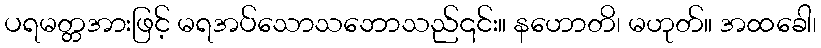
ပရမတ္တအားဖြင့် မရအပ်သောသဘောသည်၎င်း။ နဟောတိ၊ မဟုတ်။ အထခေါ၊